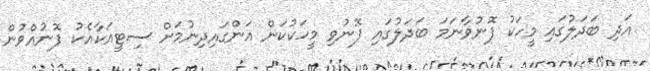
އަދި ބަދަލުގައި މީހަކު ފޮނުވާނަމަ ބަދަލުގައި ފޮނުވި މީހަކުކަން އަންގައިދިނުމަށް ސިޓީއަކާއެކު ފޮނުއްވުން